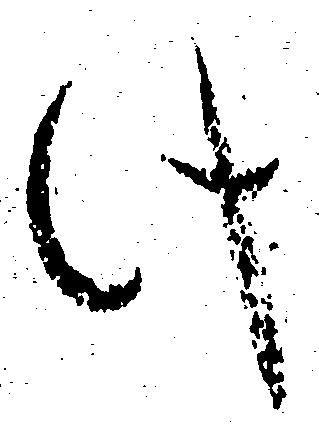
此